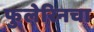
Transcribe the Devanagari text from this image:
फुलेरिनचा